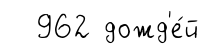
962 дожд'е́й